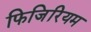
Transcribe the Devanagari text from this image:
फिजिरियम